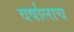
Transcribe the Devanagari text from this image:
वर्षालाच